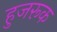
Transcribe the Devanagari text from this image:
हुजरूक